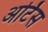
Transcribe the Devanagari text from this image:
अर्टिस